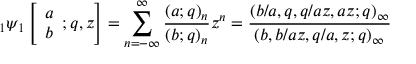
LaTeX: \; _ { 1 } \psi _ { 1 } \left[ { \begin{array} { l } { a } \\ { b } \end{array} } ; q , z \right] = \sum _ { n = - \infty } ^ { \infty } { \frac { ( a ; q ) _ { n } } { ( b ; q ) _ { n } } } z ^ { n } = { \frac { ( b / a , q , q / a z , a z ; q ) _ { \infty } } { ( b , b / a z , q / a , z ; q ) _ { \infty } } }